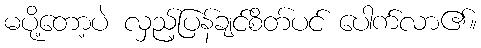
မပို့တော့ပဲ လှည့်ပြန်ချင်စိတ်ပင် ပေါက်လာ၏။